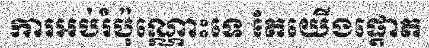
ការអប់រំប៉ុណ្ណោះទេ តែយើងផ្តោត